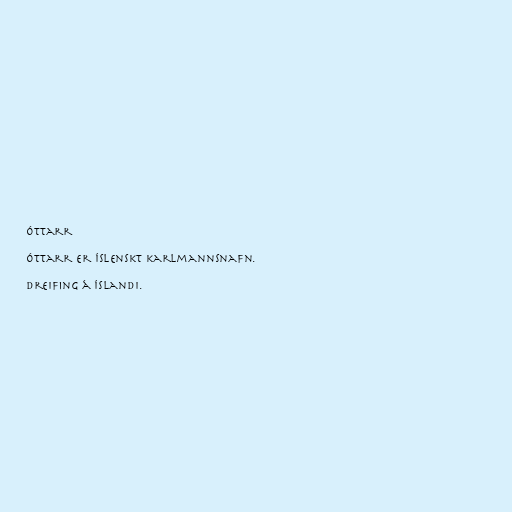
Óttarr

Óttarr er íslenskt karlmannsnafn.

Dreifing á Íslandi.